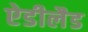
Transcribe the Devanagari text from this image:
ऐडीलैड